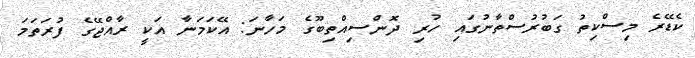
ކެޑޭރެ މިސްކިތު ގަބުރުސްތާނުގައި ހުރި ދޮންސިއްތިބޫގެ މަހާނަ: އޭކަމަނާ އަކީ ރާއްޖޭގެ ފުރަތަމަ